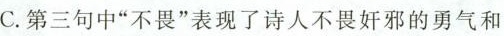
C. 第三句中”不畏”表现了诗人不畏奸邪的勇气和